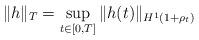
LaTeX: \begin{align*}\Vert h\Vert_T = \sup_{t\in [0,T]} \Vert h(t)\Vert_{H^1(1+\rho_t)}\end{align*}